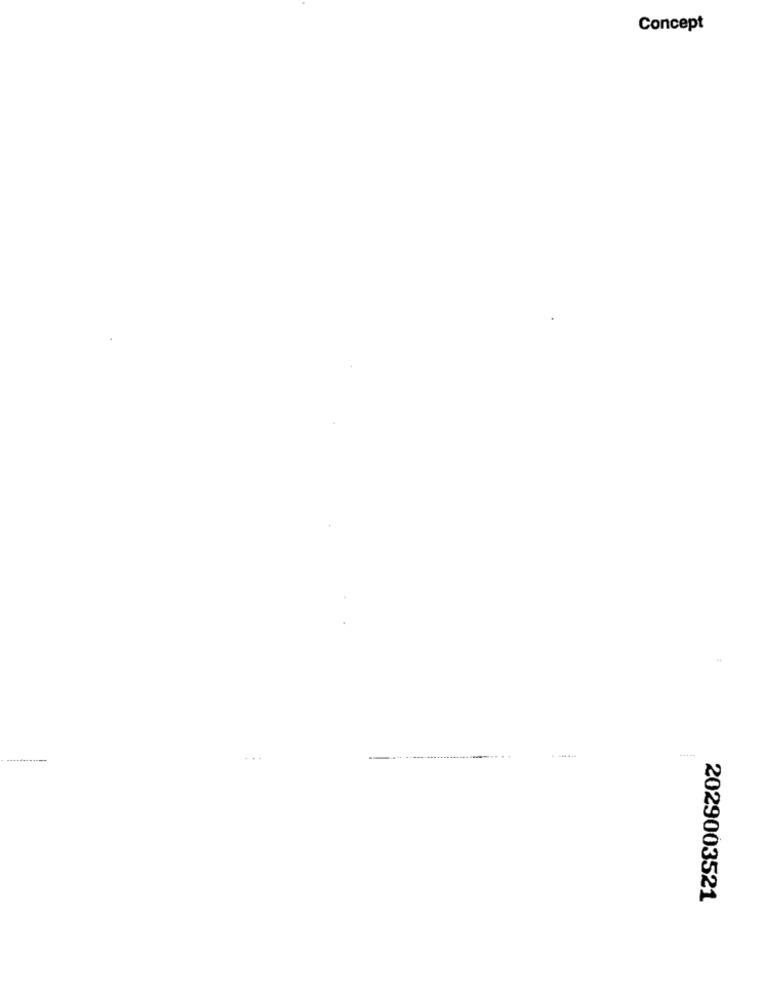
Concept
2029003521